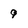
Character: 9